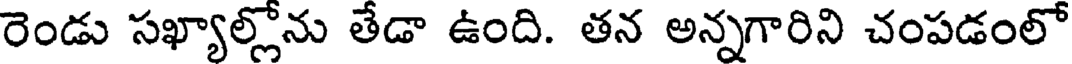
రెండు సఖ్యాల్లోను తేడా ఉంది. తన అన్నగారిని చంపడంలో